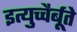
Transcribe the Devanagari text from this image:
इत्युच्चैर्बूते